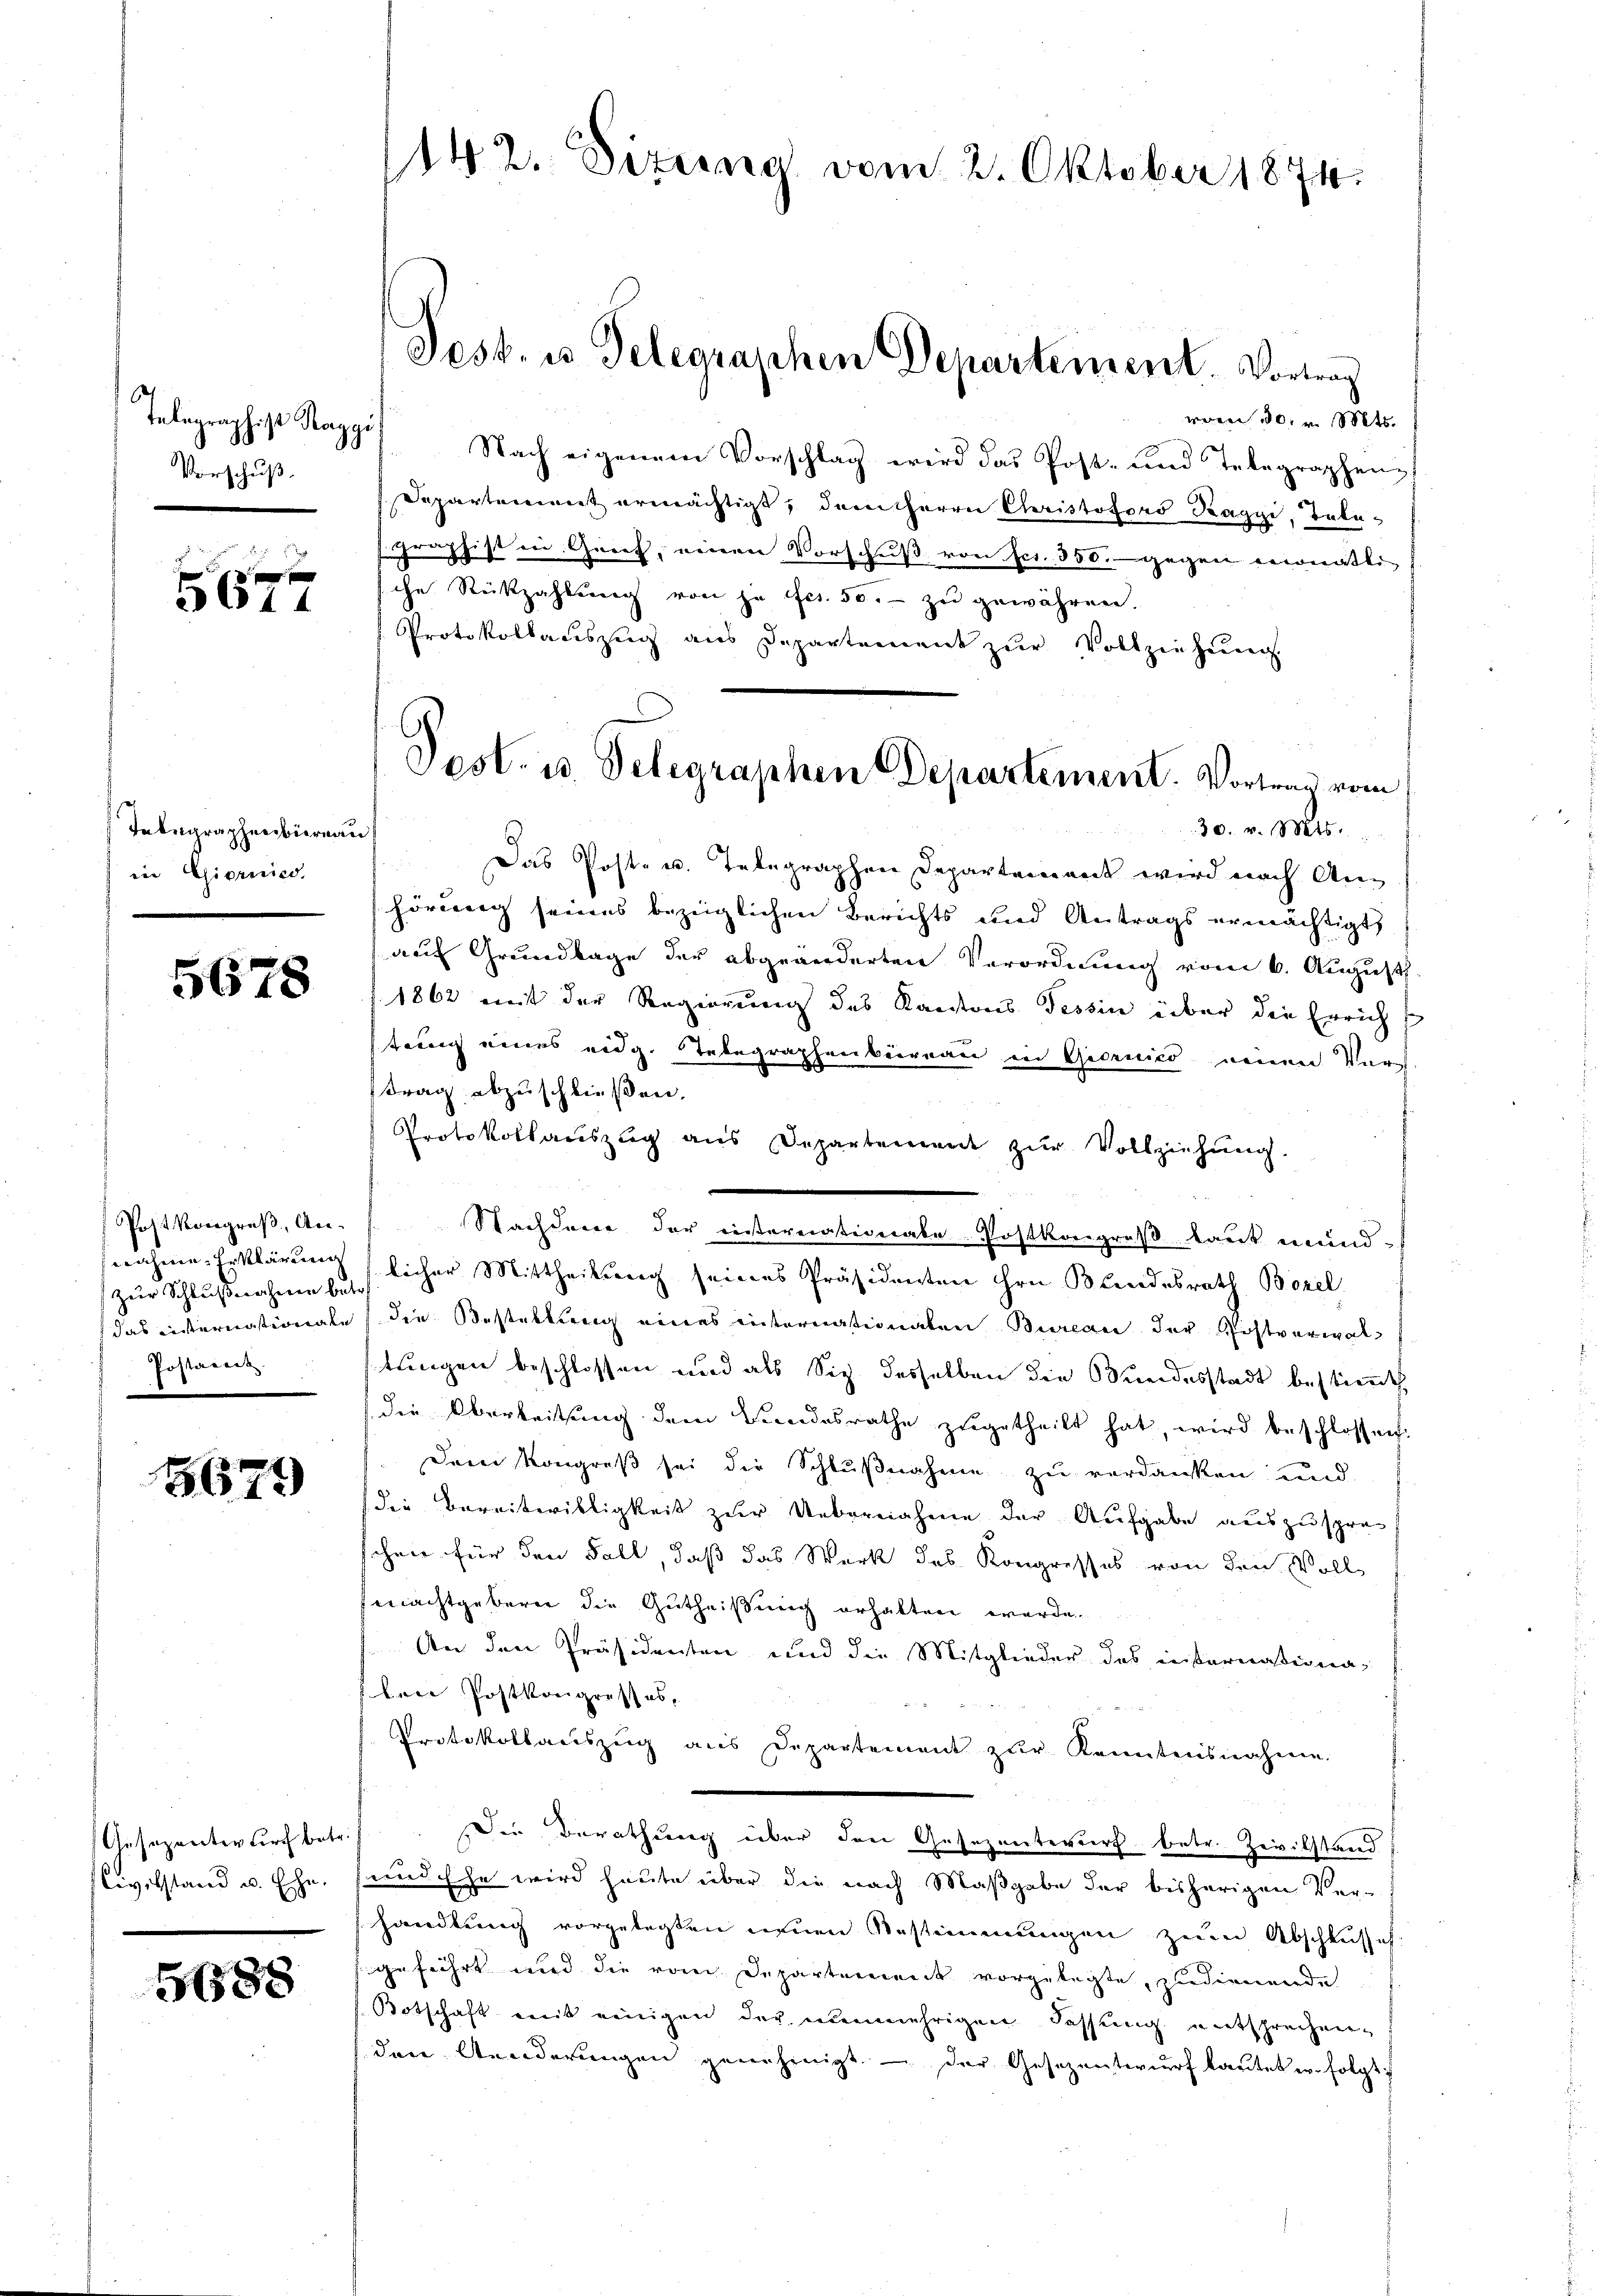
Telegraphist Raggi
9
Vorschuß.

5677

Inbegraphenbiernau
in Giornied

5678

Post Kongreß, Annahme Erklärung
zur Schlußnahmen betr
Postarei

3679

Gesezenten durch betr.
Civilstand u. Ehe.

51588

142. Dezema vom 2. Oktober 1874.

vom 30. v. Mts.
Nach eigenem Vorschlag wird das Post- und Telegraphen
Departement ermächtigt, dem Herrn Cleristoforo Raggi, Telegraphist in Genf, einen Vorschuss von fcr. 350. gegen monatli-
che Rückzahlung von je fes. 50. zu gewähren.
Protokollauszug aus Departement zŭr Vollziehung.
30. v. Mts.
Das Post- u. Telegraphen Departement wird nach Anhörung seines bezeiglichen Berichts und Antrags ermächtigt
auf Grundlage der abgeänderten Verordnung vom 6. August
1862 mit der Regierung des Kantons Tessin über die Erricht
trang eines eidg. Telegraphenbeirnau in Giornico neuen Verg
trag abzuschließen.
Protokollauszug aus Departement zŭr Vollziehung.
Stachdene der einternationate Postkongruß laut mund-
slicher Mittheilung seines Präsidenten ihre Bundesrath Bozel
das eisternationate die Bestellung eines internationaten Bureau der Postverwaltungen beschlossen und als Sitz desselben die Bundesstadt bestimmt,
die Oberleitung dem Landesrathe zugetheilt hat, wird beschlossen:
Dem Kongreß sei die Schlußnahme zu verdanken und
die Bereiterilligkeit zur Uebernahme der Aufgabe auszusprechen für den Fall, daß das Werk des Kongresses von den Voll
mnachtgebern die Gutheißung erhalten werde.
An den Präsidenten und die Mitglieder des insornationaten Postkongresses,
Protokollauszug aus Departement zŭr Kenntnisnahme.
Die Berathung über den Gesezenteurf betr. Zivilstand
und Ehe wird heute über die nach Maßgabe der bisherigen Ver-
handlung vorgelegten neuen Bestimmungen zum Abschlusseh
geführt und die von Departenweck vorgelegte, zudienende
Botschaft mit einigen der nunmehrigen Fassung entsprechen-
dere Aenderŭngen genehmigt. - Der Gesezentwurf lautet w. folgt

Jess, us Telegraphen Departement. Vortrag

Post. u. Telegraphen Departement. Vortrag vom